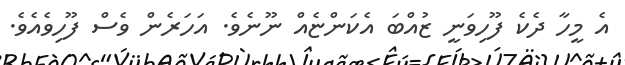
އެ މީހާ ދެކެ ފޫހިވަނީ ޒުއްބަ އެކަންޏެއް ނޫނެވެ. އަހަރެން ވެސް ފޫހިވެއެވެ.